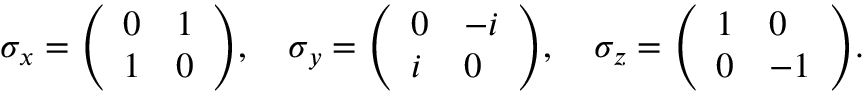
\sigma _ { x } = { \left( \begin{array} { l l } { 0 } & { 1 } \\ { 1 } & { 0 } \end{array} \right) } , \quad \sigma _ { y } = { \left( \begin{array} { l l } { 0 } & { - i } \\ { i } & { 0 } \end{array} \right) } , \quad \sigma _ { z } = { \left( \begin{array} { l l } { 1 } & { 0 } \\ { 0 } & { - 1 } \end{array} \right) } .